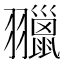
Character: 𦒦